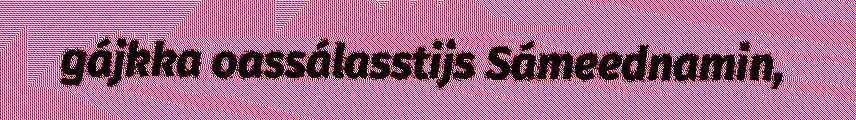
gájkka oassálasstijs Sámeednamin,